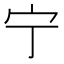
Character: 宁